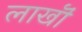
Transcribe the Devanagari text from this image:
लाखॊं